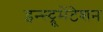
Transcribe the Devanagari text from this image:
इन्स्ट्रूमेंटेशन